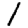
Digit: 1